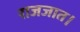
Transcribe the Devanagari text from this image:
राजजात।